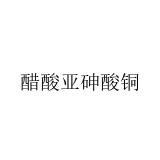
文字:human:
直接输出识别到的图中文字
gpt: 醋酸亚砷酸铜